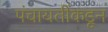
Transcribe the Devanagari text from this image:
पंचायतींकडून